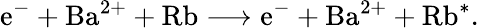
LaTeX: \mathrm{e}^{-}+\mathrm{{Ba}}^{2+}+\mathrm{{Rb}}\longrightarrow\mathrm{e}^{-}+\mathrm{{Ba}}^{2+}+\mathrm{{Rb}}^{*}.